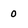
Character: 0